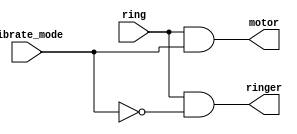
module top_module (
    input ring,
    input vibrate_mode,
    output ringer,       // Make sound
    output motor         // Vibrate
);
    assign ringer = ring& ~vibrate_mode; // call comming and not in vibration mode
    assign motor = ring& vibrate_mode; // call comming and in vibration mode

endmodule